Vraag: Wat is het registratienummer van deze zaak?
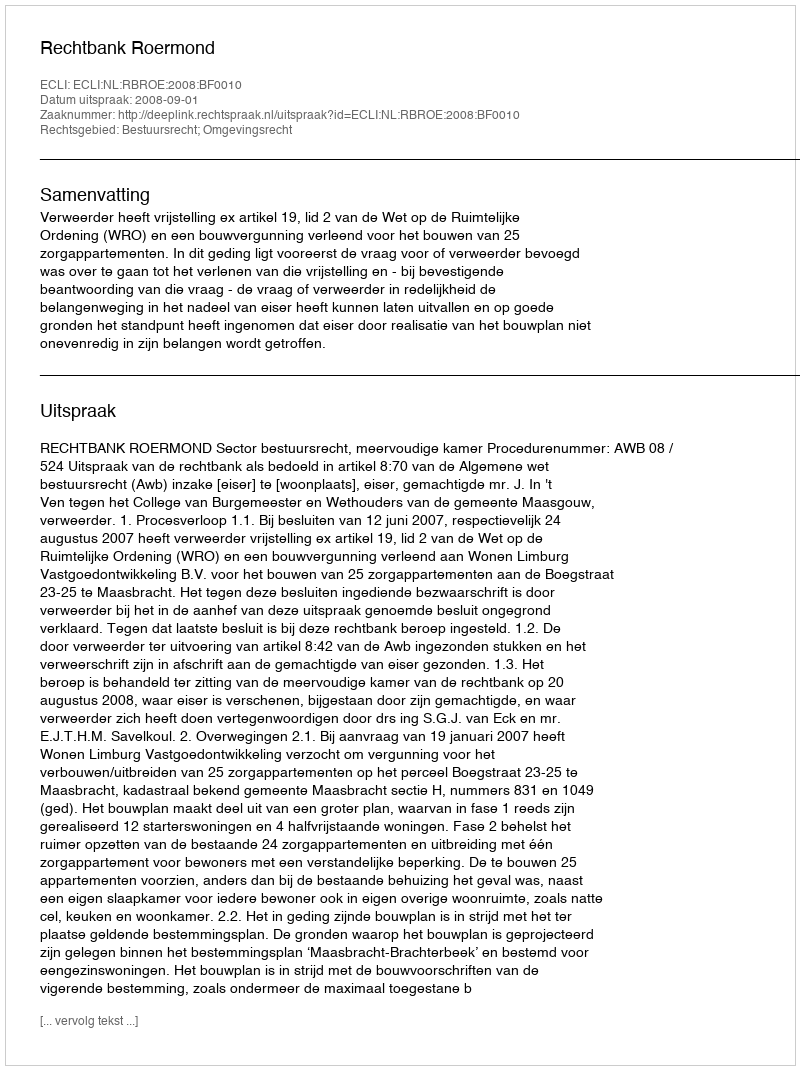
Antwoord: http://deeplink.rechtspraak.nl/uitspraak?id=ECLI:NL:RBROE:2008:BF0010